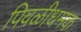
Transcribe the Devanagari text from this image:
पिवळीधमक